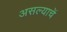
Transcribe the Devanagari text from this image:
असल्याचें